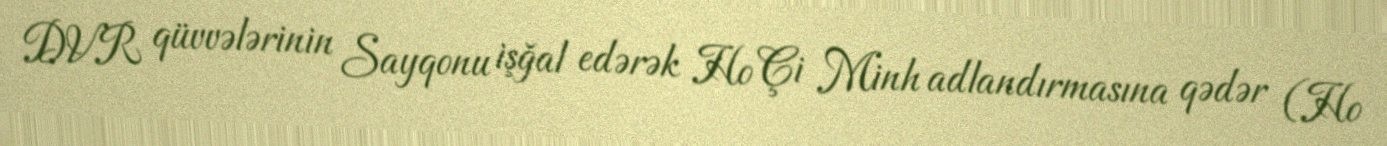
DVR qüvvələrinin Sayqonu işğal edərək Ho Çi Minh adlandırmasına qədər (Ho